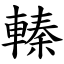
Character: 轃